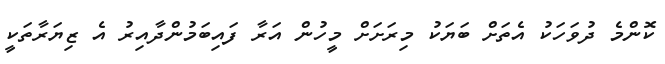
ކޮންމެ ދުވަހަކު އެތަށް ބަޔަކު މިރަށަށް މީހުން އަރާ ފައިބަމުންދާއިރު އެ ޒިޔަރާތަކީ